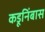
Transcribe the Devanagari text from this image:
कडूनिंबास